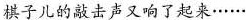
棋子儿的敲击声又响了起来……